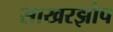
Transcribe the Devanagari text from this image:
साखरझोप